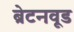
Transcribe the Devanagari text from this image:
ब्रेटनवूड